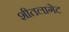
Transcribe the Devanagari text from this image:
शीतलागेट